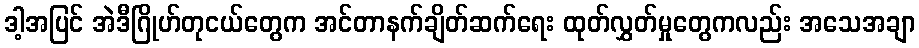
ဒါ့အပြင် အဲဒီဂြိုဟ်တုငယ်တွေက အင်တာနက်ချိတ်ဆက်ရေး ထုတ်လွှတ်မှုတွေကလည်း အသေအချာ